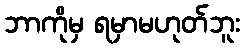
ဘာကိုမှ ရမှာမဟုတ်ဘူး